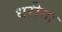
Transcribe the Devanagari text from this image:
धरीया